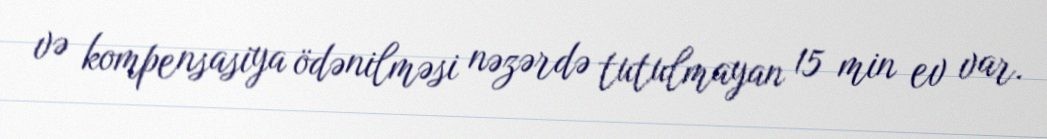
və kompensasiya ödənilməsi nəzərdə tutulmayan 15 min ev var.